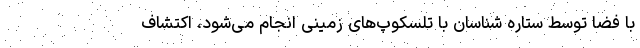
با فضا توسط ستاره شناسان با تلسکوپ‌های زمینی انجام می‌شود، اکتشاف